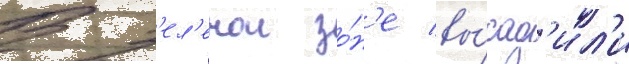
В з'ел'енои зо́н'е вы́сад'ил'и